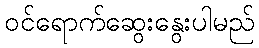
ဝင်ရောက်ဆွေးနွေးပါမည်